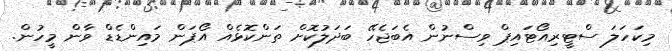
މިކަހަލަ ސްޓީރިއޯޓައިޕް ވިސްނުން އެބަޖެހޭ ބަދަލުކޮށް ތަންކޮޅެއް އޯޕަން މައިންޑެޑް ވާން މީހުން.